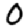
Digit: 0